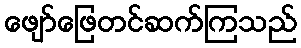
ဖျော်ဖြေတင်ဆက်ကြသည်